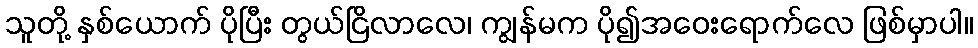
သူတို့ နှစ်ယောက် ပိုပြီး တွယ်ငြိလာလေ၊ ကျွန်မက ပို၍အဝေးရောက်လေ ဖြစ်မှာပါ။